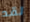
لقد